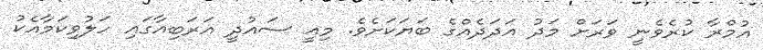
އުމްރާ ކުރެވެނީ ވަރަށް މަދު އަދަދެއްގެ ބަޔަކަށެވެ. މިއީ ސައުދީ އަރަބިއާގައި ހަލުވިކަމާއެކު